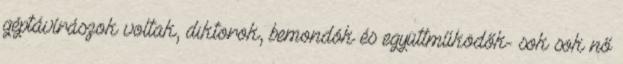
géptávírászok voltak, diktorok, bemondók és együttműködők- sok sok nő